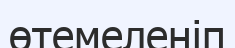
өтемеленіп